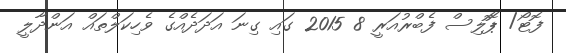
ފޮޓޯ/ ޕޮޮލިސް ފެބްރުއަރީ 8 2015 ގައި ގިނަ އަދަދެއްގެ ވެހިކަލްތައް އަންދާލީ